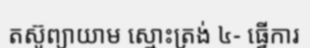
តស៊ូព្យាយាម ស្មោះត្រង់ ៤- ធ្វើការ